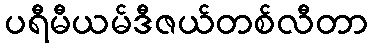
ပရီမီယမ်ဒီဇယ်တစ်လီတာ